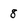
Character: 8